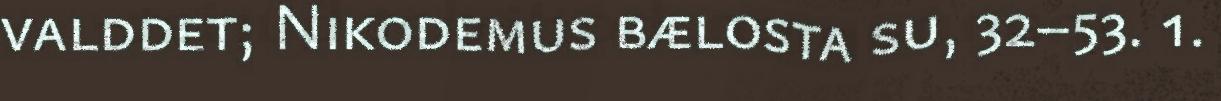
valddet; Nikodemus bælosta su, 32–53. 1.